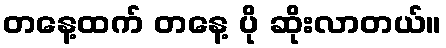
တနေ့ထက် တနေ့ ပို ဆိုးလာတယ်။